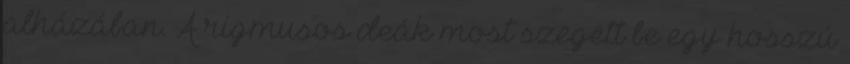
alházában. A rigmusos deák most szegett be egy hosszú